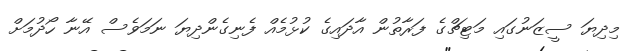
މިދިޔަ ސީޒަނުގައި މަޓިޗްގެ ފަރާތުން އާދައިގެ ކުޅުމެއް ފެނިގެންދިޔަ ނަމަވެސް އޭނާ ހޯދުމަށް